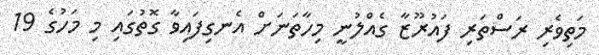
މަތިވެރި ރަސްތަރި ފައުރޫޒާ ގެއްލުނީ މިހާތަނަށް އެނގިފައިވާ ގޮތުގައި މި މަހުގެ 19